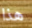
هذا